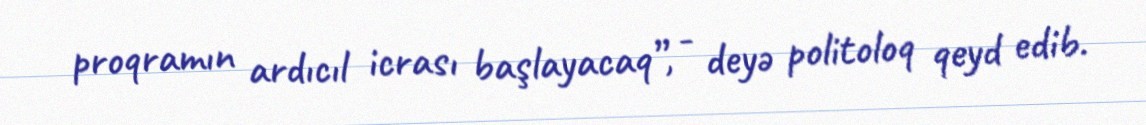
proqramın ardıcıl icrası başlayacaq”, - deyə politoloq qeyd edib.